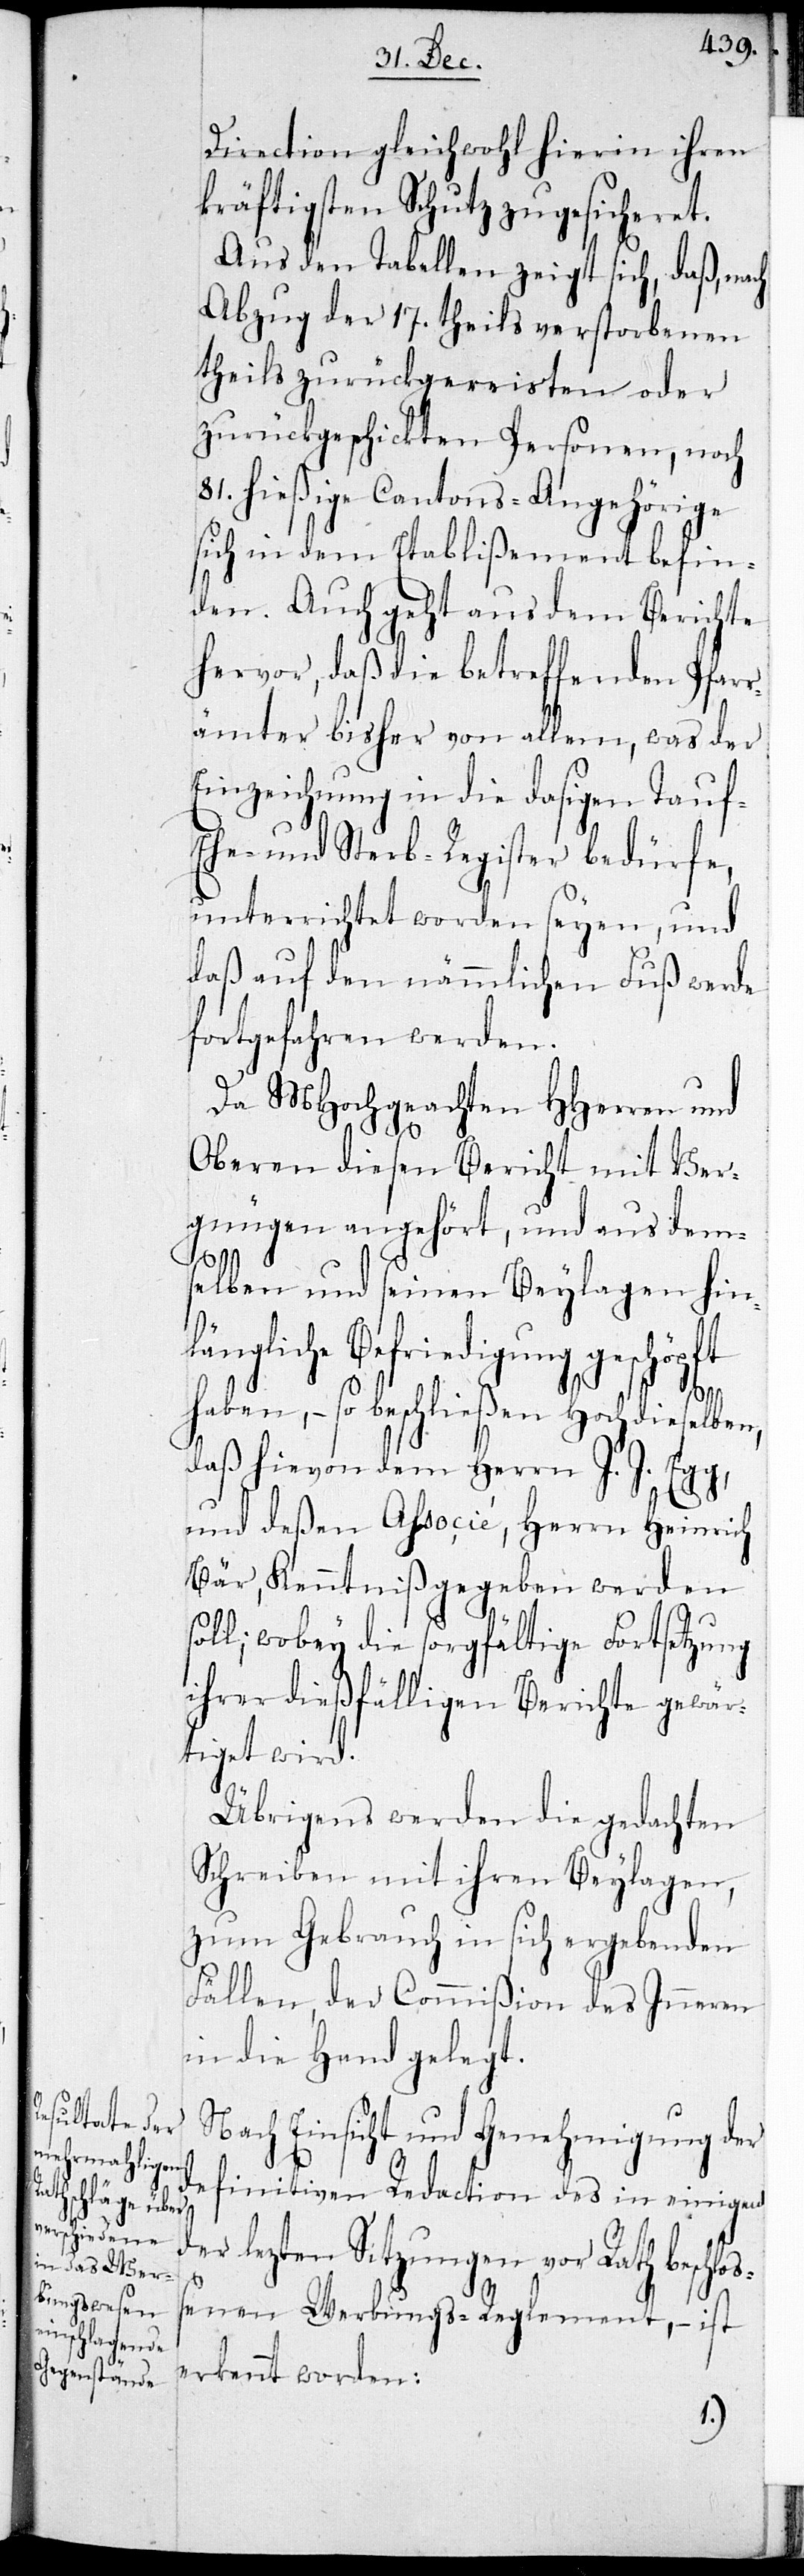
Direction gleichwohl hierin ihren
kräftigsten Schutz zugesicheret.
Aus den Tabellen zeigt sich, daß, nach
Abzug der 17. theils verstorbenen
theils zurückgereisten oder
zurückgeschickten Personen, noch
81. hießige Cantons-Angehörige
sich in dem Etablißement befin¬
den. Auch geht aus dem Berichte
hervor, daß die betreffenden Pfarr¬
ämter bisher von allem, was der
Einzeichnung in die dasigen Tauf-,
Ehe- und Sterb-Register bedürfe,
unterrichtet worden seyen, und
daß auf den nämlichen Fuß werde
fortgefahren werden.
Da MHochgeachten HHerren und
Oberen diesen Bericht mit Ver¬
gnügen angehört, und aus dem¬
selben und seinen Beylagen hin¬
längliche Befriedigung geschöpft
haben, – so beschließen Hochdieselben,
daß hievon dem Herr J.J. Egg,
und deßen Aßocié, Herrn Heinrich
Bär, Kenntniß gegeben werden
oll; wobey die sorgfältige Fortsetzung
ihren dießfälligen Berichte gewär¬
tiget wird.
Übrigens werden die gedachten
Schreiben mit ihren Beylagen,
zum Gebrauch in sich ergebenden
Fällen, der Commißion des Inneren
in die Hand gelegt.
Nach Einsicht und Genehmigung der
definitiven Redaction des in einigen
er lezten Sitzungen vor Rath beschl¬
oß¬
enen Werbungs-Reglement, – ist
erkennt worden: